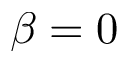
\beta = 0